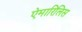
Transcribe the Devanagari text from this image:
ऐमारिलिस